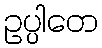
ဥပ္ပါတေ